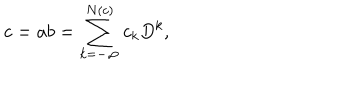
c = a b = \sum _ { k = - \infty } ^ { N ( c ) } c _ { k } D ^ { k } ,